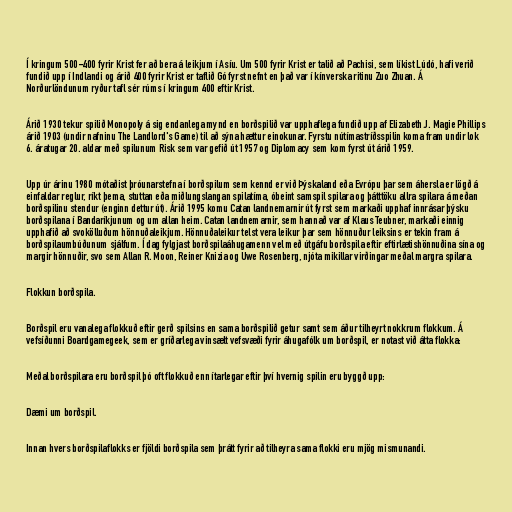
Í kringum 500-400 fyrir Krist fer að bera á leikjum í Asíu. Um 500 fyrir Krist er talið að Pachisi, sem líkist Lúdó, hafi verið
fundið upp í Indlandi og árið 400 fyrir Krist er taflið Gó fyrst nefnt en það var í kínverska ritinu Zuo Zhuan. Á
Norðurlöndunum ryður tafl sér rúms í kringum 400 eftir Krist.

Árið 1930 tekur spilið Monopoly á sig endanlega mynd en borðspilið var upphaflega fundið upp af Elizabeth J. Magie Phillips
árið 1903 (undir nafninu The Landlord's Game) til að sýna hættur einokunar. Fyrstu nútímastríðsspilin koma fram undir lok
6. áratugar 20. aldar með spilunum Risk sem var gefið út 1957 og Diplomacy sem kom fyrst út árið 1959.

Upp úr árinu 1980 mótaðist þróunarstefna í borðspilum sem kennd er við Þýskaland eða Evrópu þar sem áhersla er lögð á
einfaldar reglur, ríkt þema, stuttan eða miðlungslangan spilatíma, óbeint samspil spilara og þátttöku allra spilara á meðan
borðspilinu stendur (enginn dettur út). Árið 1995 komu Catan landnemarnir út fyrst sem markaði upphaf innrásar þýsku
borðspilana í Bandaríkjunum og um allan heim. Catan landnemarnir, sem hannað var af Klaus Teubner, markaði einnig
upphafið að svokölluðum hönnuðaleikjum. Hönnuðaleikur telst vera leikur þar sem hönnuður leiksins er tekin fram á
borðspilaumbúðunum sjálfum. Í dag fylgjast borðspilaáhugamenn vel með útgáfu borðspila eftir eftirlætishönnuðina sína og
margir hönnuðir, svo sem Allan R. Moon, Reiner Knizia og Uwe Rosenberg, njóta mikillar virðingar meðal margra spilara.

Flokkun borðspila.

Borðspil eru vanalega flokkuð eftir gerð spilsins en sama borðspilið getur samt sem áður tilheyrt nokkrum flokkum. Á
vefsíðunni Boardgamegeek, sem er gríðarlega vinsælt vefsvæði fyrir áhugafólk um borðspil, er notast við átta flokka:

Meðal borðspilara eru borðspil þó oft flokkuð enn ítarlegar eftir því hvernig spilin eru byggð upp:

Dæmi um borðspil.

Innan hvers borðspilaflokks er fjöldi borðspila sem þrátt fyrir að tilheyra sama flokki eru mjög mismunandi.